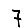
Digit: 7